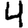
Digit: 4